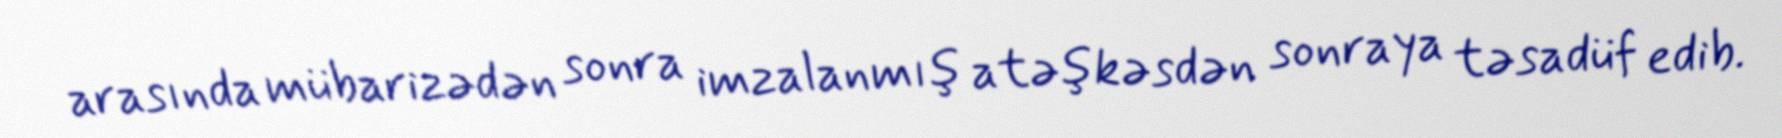
arasında mübarizədən sonra imzalanmış atəşkəsdən sonraya təsadüf edib.